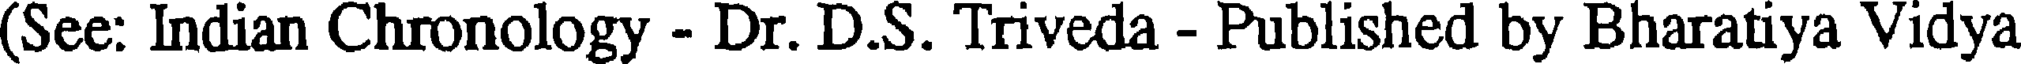
(See: Indian Chronology - Dr. D.S. Triveda - Published by Bharatiya Vidya